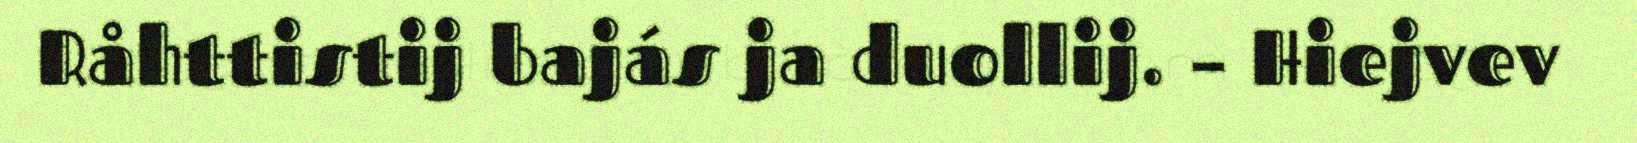
Råhttistij bajás ja duollij. – Hiejvev